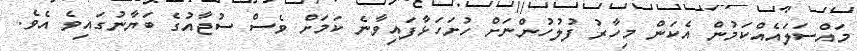
މައްސަލައެއްކަމުން އެކަން މިހާރު ފުލުހުންނަށް ހުށަހަޅާފައިވާނެ ކަމަށް ވެސް ސުޖާއުގެ ބަޔާނުގައިވެ އެވެ.